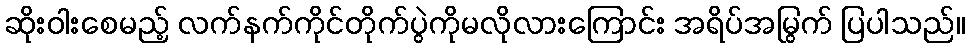
ဆိုးဝါးစေမည့် လက်နက်ကိုင်တိုက်ပွဲကိုမလိုလားကြောင်း အရိပ်အမြွက် ပြပါသည်။